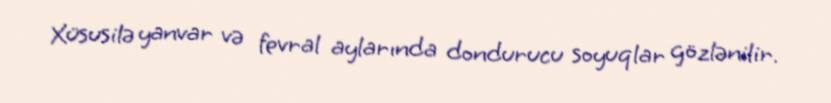
Xüsusilə yanvar və fevral aylarında dondurucu soyuqlar gözlənilir.